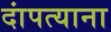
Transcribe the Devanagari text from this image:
दांपत्याना